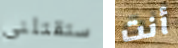
ستقتلنى أنت